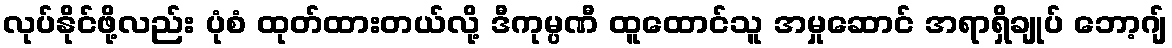
လုပ်နိုင်ဖို့လည်း ပုံစံ ထုတ်ထားတယ်လို့ ဒီကုမ္ပဏီ ထူထောင်သူ အမှုဆောင် အရာရှိချုပ် ဘော့ဂျ်